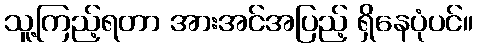
သူ့ကြည့်ရတာ အားအင်အပြည့် ရှိနေပုံပင်။